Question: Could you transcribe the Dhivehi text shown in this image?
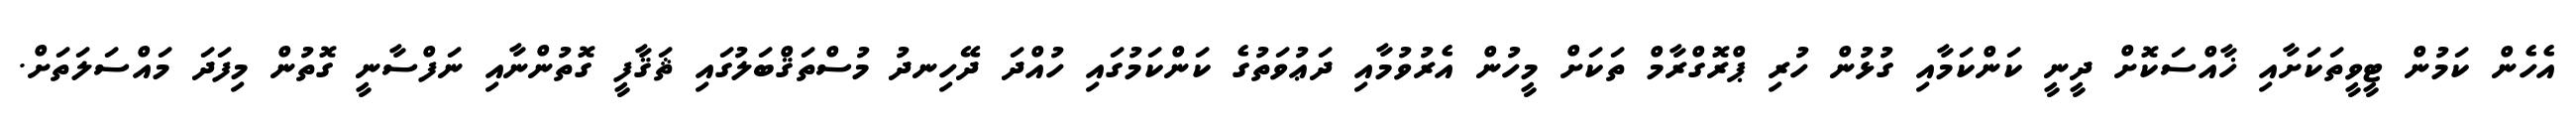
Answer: އެހެން ކަމުން ޓީވީތަކަށާއި ޚާއްސަކޮށް ދީނީ ކަންކަމާއި ގުޅުން ހުރި ޕްރޮގްރާމް ތަކަށް މީހުން އެރުވުމާއި ދަޢުވަތުގެ ކަންކަމުގައި ހުއްދަ ދޭހިނދު މުސްތަޤްބަލުގައި ޘަޤާފީ ގޮތުންނާއި ނަފްސާނީ ގޮތުން މިފަދަ މައްސަލަތަށް.